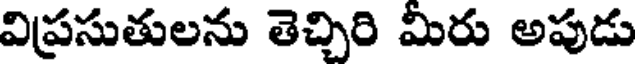
విప్రసుతులను తెచ్చిరి మీరు అపుడు